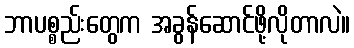
ဘာပစ္စည်းတွေက အခွန်ဆောင်ဖို့လိုတာလဲ။